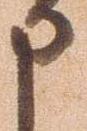
申